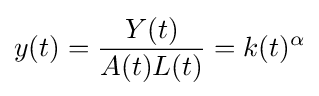
y(t)={\frac {Y(t)}{A(t)L(t)}}=k(t)^{\alpha }